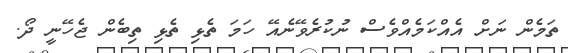
ތަމެން ނަށް އެއްކަމެއްވެސް ނުކުރެވޭނެއޭ ހަމަ ތެޅި ތެޅި ތިބެން ޖެހޭނީ ދޯ.